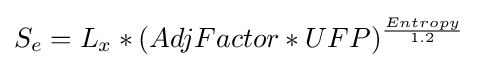
S_{e}=L_{x}*(AdjFactor*UFP)^{\frac {Entropy}{1.2}}